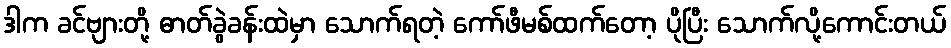
ဒါက ခင်ဗျားတို့ ဓာတ်ခွဲခန်းထဲမှာ သောက်ရတဲ့ ကော်ဖီမစ်ထက်တော့ ပိုပြီး သောက်လို့ကောင်းတယ်